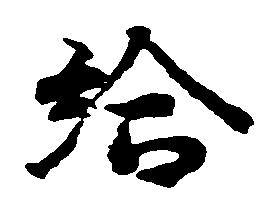
給